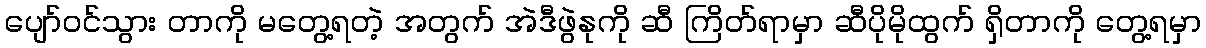
ပျော်ဝင်သွား တာကို မတွေ့ရတဲ့ အတွက် အဲဒီဖွဲနုကို ဆီ ကြိတ်ရာမှာ ဆီပိုမိုထွက် ရှိတာကို တွေ့ရမှာ